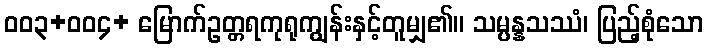
၀၀၃+၀၀၄+ မြောက်ဥတ္တရကုရုကျွန်းနှင့်တူမျှ၏။ သမ္ပန္နသဿံ၊ ပြည့်စုံသော